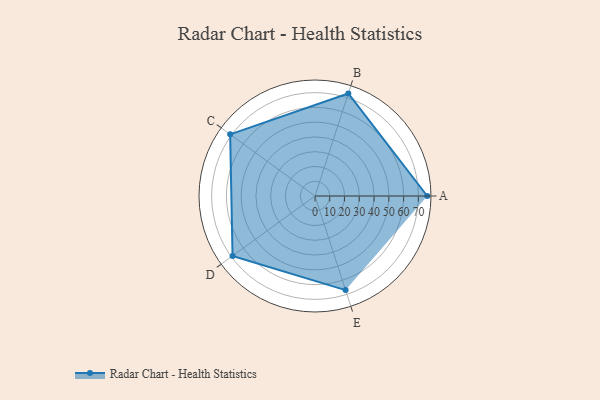
{"axis": {"x": "Skill", "y": "Score"}, "legend": ["Profile"], "data": [{"x": "A", "y": 76.0, "type": "Profile"}, {"x": "B", "y": 73.0, "type": "Profile"}, {"x": "C", "y": 71.0, "type": "Profile"}, {"x": "D", "y": 69.0, "type": "Profile"}, {"x": "E", "y": 67.0, "type": "Profile"}]}